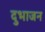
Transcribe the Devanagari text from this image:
दुभाजन